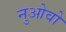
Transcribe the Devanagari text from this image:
नुओवो